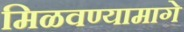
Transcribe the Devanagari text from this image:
मिळवण्यामागे